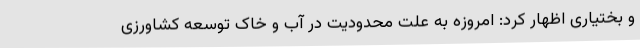
و بختیاری اظهار کرد: امروزه به علت محدودیت در آب و خاک توسعه کشاورزی